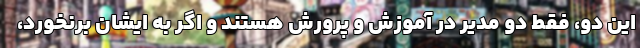
این دو، فقط دو مدیر در آموزش و پرورش هستند و اگر به ایشان برنخورد،